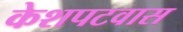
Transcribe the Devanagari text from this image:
केशपटवास